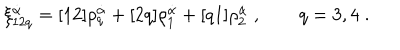
LaTeX: \xi _ { 1 2 q } ^ { \dot { \alpha } } = [ 1 2 ] \rho _ { q } ^ { \dot { \alpha } } + [ 2 q ] \rho _ { 1 } ^ { \dot { \alpha } } + [ q 1 ] \rho _ { 2 } ^ { \dot { \alpha } } \; , \qquad q = 3 , 4 \; .